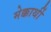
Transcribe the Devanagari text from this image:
मेक्कार्थी